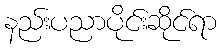
နည်းပညာပိုင်းဆိုင်ရာ